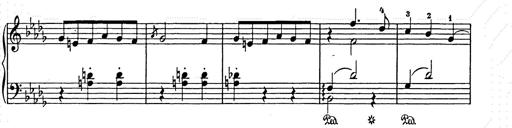
Title: Weihnachtsbaum
Composer: Franz Liszt